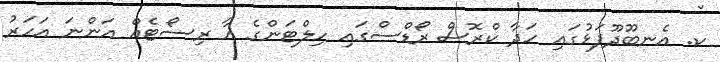
ކ. އެނބޫދޫފަޅުގައި ހަދާ ކްރޮސް ރޯޑްސްގައި ހިލްޓަންގެ އާ ރިސޯޓެއް އަންނަ އަހަރު